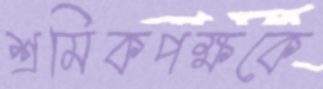
শ্রমিকপক্ষকে